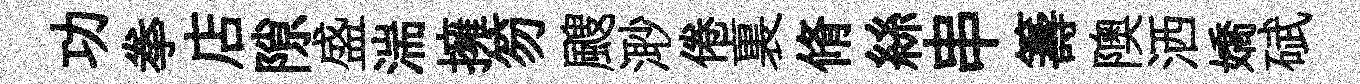
功拳店隙盛湍擁笏颼𣺌倦裏脩絲串籌隩洒嬌碔